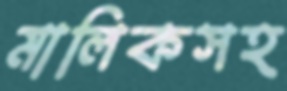
মালিকসহ